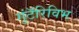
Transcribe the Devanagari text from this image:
गुंटॅरिविभ